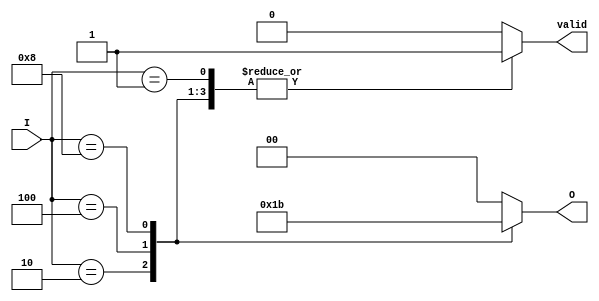
module multilevel_encoder (
    input wire [3:0] I,  // 4 input lines
    output reg [1:0] O,  // 2 output lines
    output reg valid      // Indicates if a valid input is active
);

// Always block to implement the encoding logic
always @(*) begin
    case (I)
        4'b0001: begin O = 2'b00; valid = 1; end // I0 active
        4'b0010: begin O = 2'b01; valid = 1; end // I1 active
        4'b0100: begin O = 2'b10; valid = 1; end // I2 active
        4'b1000: begin O = 2'b11; valid = 1; end // I3 active
        default: begin O = 2'b00; valid = 0; end // No valid input
    endcase
end

endmodule